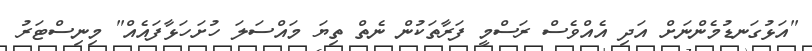
"އަޅުގަނޑުމެންނަށް އަދި އެއްވެސް ރަސްމީ ފަރާތަކުން ނެތް ތިޔަ މައްސަލަ ހުށަހަޅާފައެއް" މިނިސްޓަރު